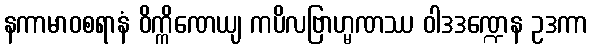
နကာမာဝစရာနံ ဝိက္ကိဏေယျ ကပိလဗြာဟ္မဏဿ ဝါဒဒဏ္ဍေန ဥဒကာ